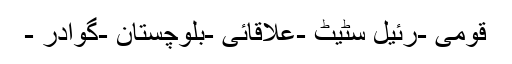
قومی -رئیل سٹیٹ -علاقائی -بلوچستان -گوادر -